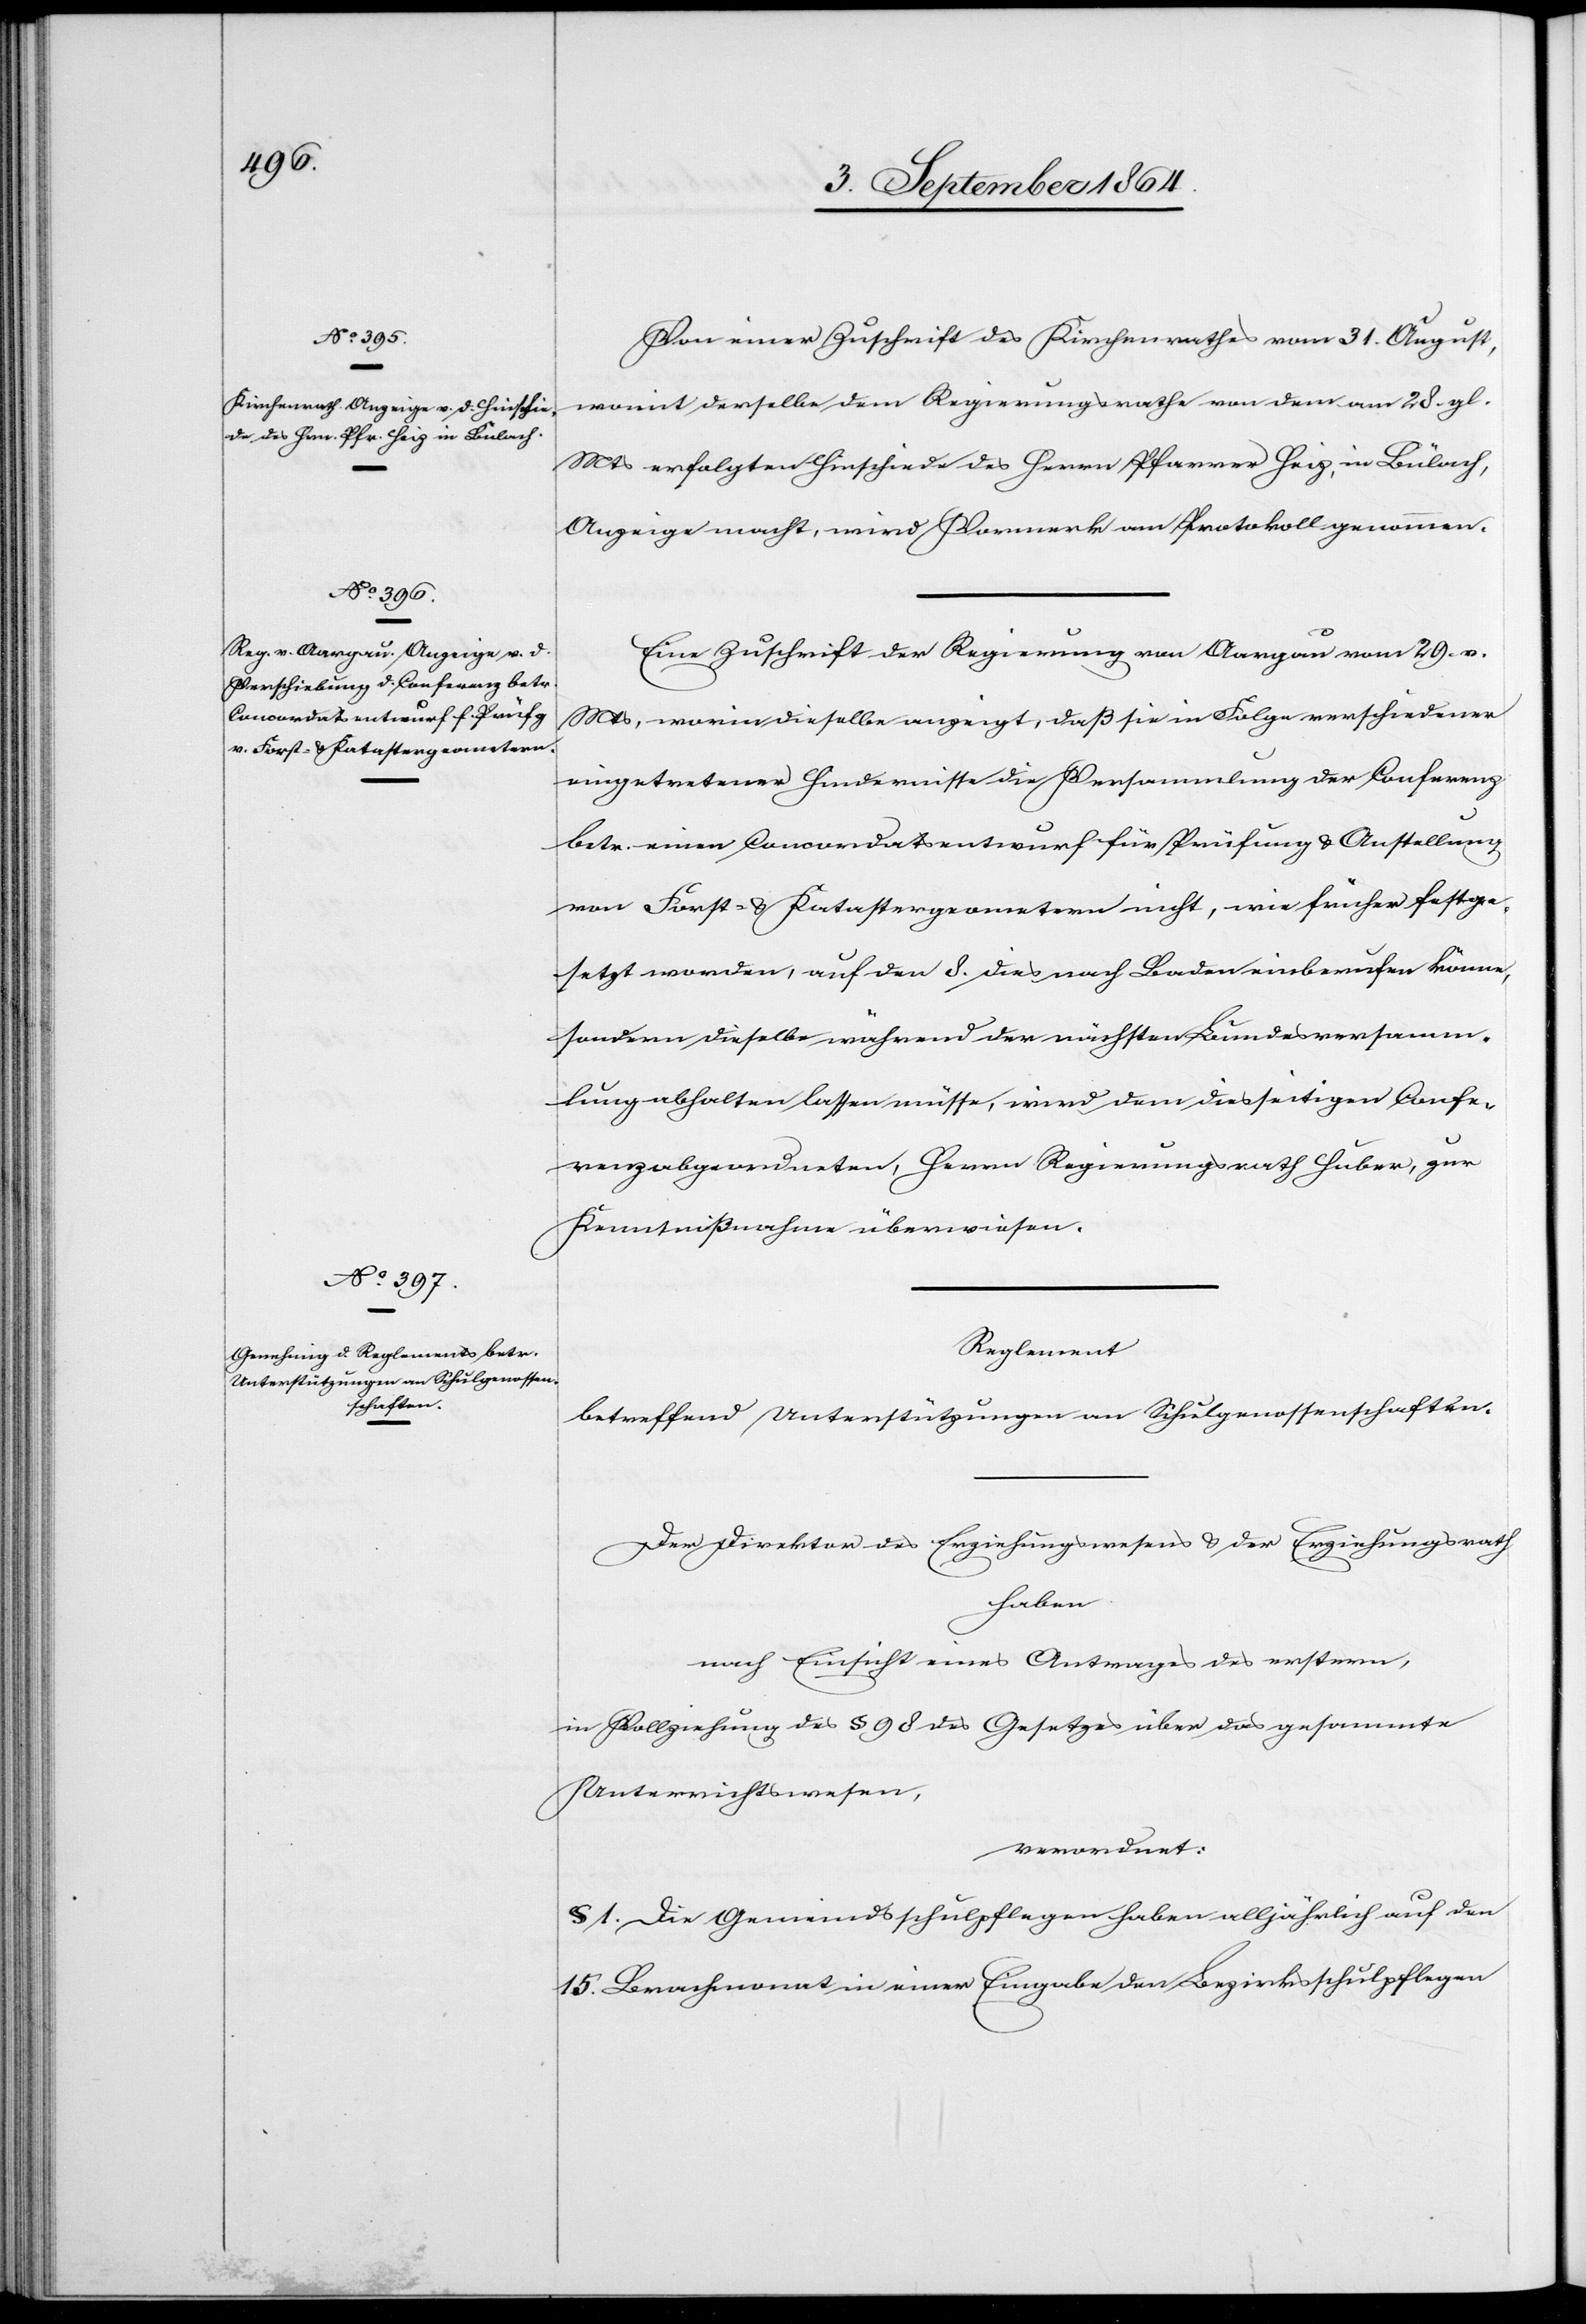
Von einer Zuschrift des Kirchenrathes vom 31. August,
womit derselbe dem Regierungsrathe von dem am 28. gl.
Mts erfolgten Hinschiede des Herrn Pfarrer Heiz, in Bülach,
Anzeige macht, wird Vormerk am Protokoll genommen.
Eine Zuschrift der Regierung von Aargau vom 29. v.
Mts, worin dieselbe anzeigt, daß sie in Folge verschiedener
eingetretener Hindernisse die Versammlung der Conferenz
betr. einen Concordatsentwurf für Prüfung & Aufstellung
von Forst- & Katastergeometern nicht, wie früher festge¬
setzt worden, auf den 8. dies nach Baden einberufen könne,
sondern dieselbe während der nächsten Bundesversamm¬
lung abhalten lassen müsse, wird dem diesseitigen Confe¬
renzabgeordneten, Herrn Regierungsrath Huber, zur
Kenntnißnahme überwiesen.
_________
betreffend Unterstützungen an Schulgenossenschaften.
Der Direktor des Erziehungswesens & der Erziehungsrath
haben
nach Einsicht eines Antrages des erstern,
in Vollziehung des § 98 des Gesetzes über das gesammte
Unterrichtswesen,
verordnet:
§ 1. Die Gemeindsschulpflegen haben alljährlich auf den
15. Brachmonat in einer Eingabe den Bezirksschulpflegen